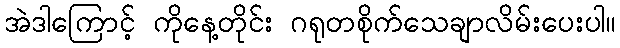
အဲဒါကြောင့် ကိုနေ့တိုင်း ဂရုတစိုက်သေချာလိမ်းပေးပါ။